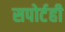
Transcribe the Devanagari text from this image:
सपोर्टही